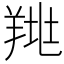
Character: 𦎉